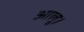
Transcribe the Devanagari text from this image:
आलू।